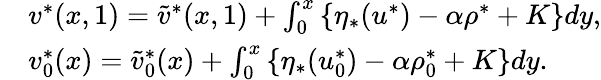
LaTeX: \begin{array}{rl}&{v^{*}(x,1)=\tilde{v}^{*}(x,1)+\int_{0}^{x}\left\{ \eta_{\ast}(u^{*})-\alpha\rho^{*}+K\right\} dy,}\\ &{v_{0}^{*}(x)=\tilde{v}_{0}^{*}(x)+\int_{0}^{x}\left\{ \eta_{\ast}(u_{0}^{*})-\alpha\rho_{0}^{*}+K\right\} dy.}\end{array}